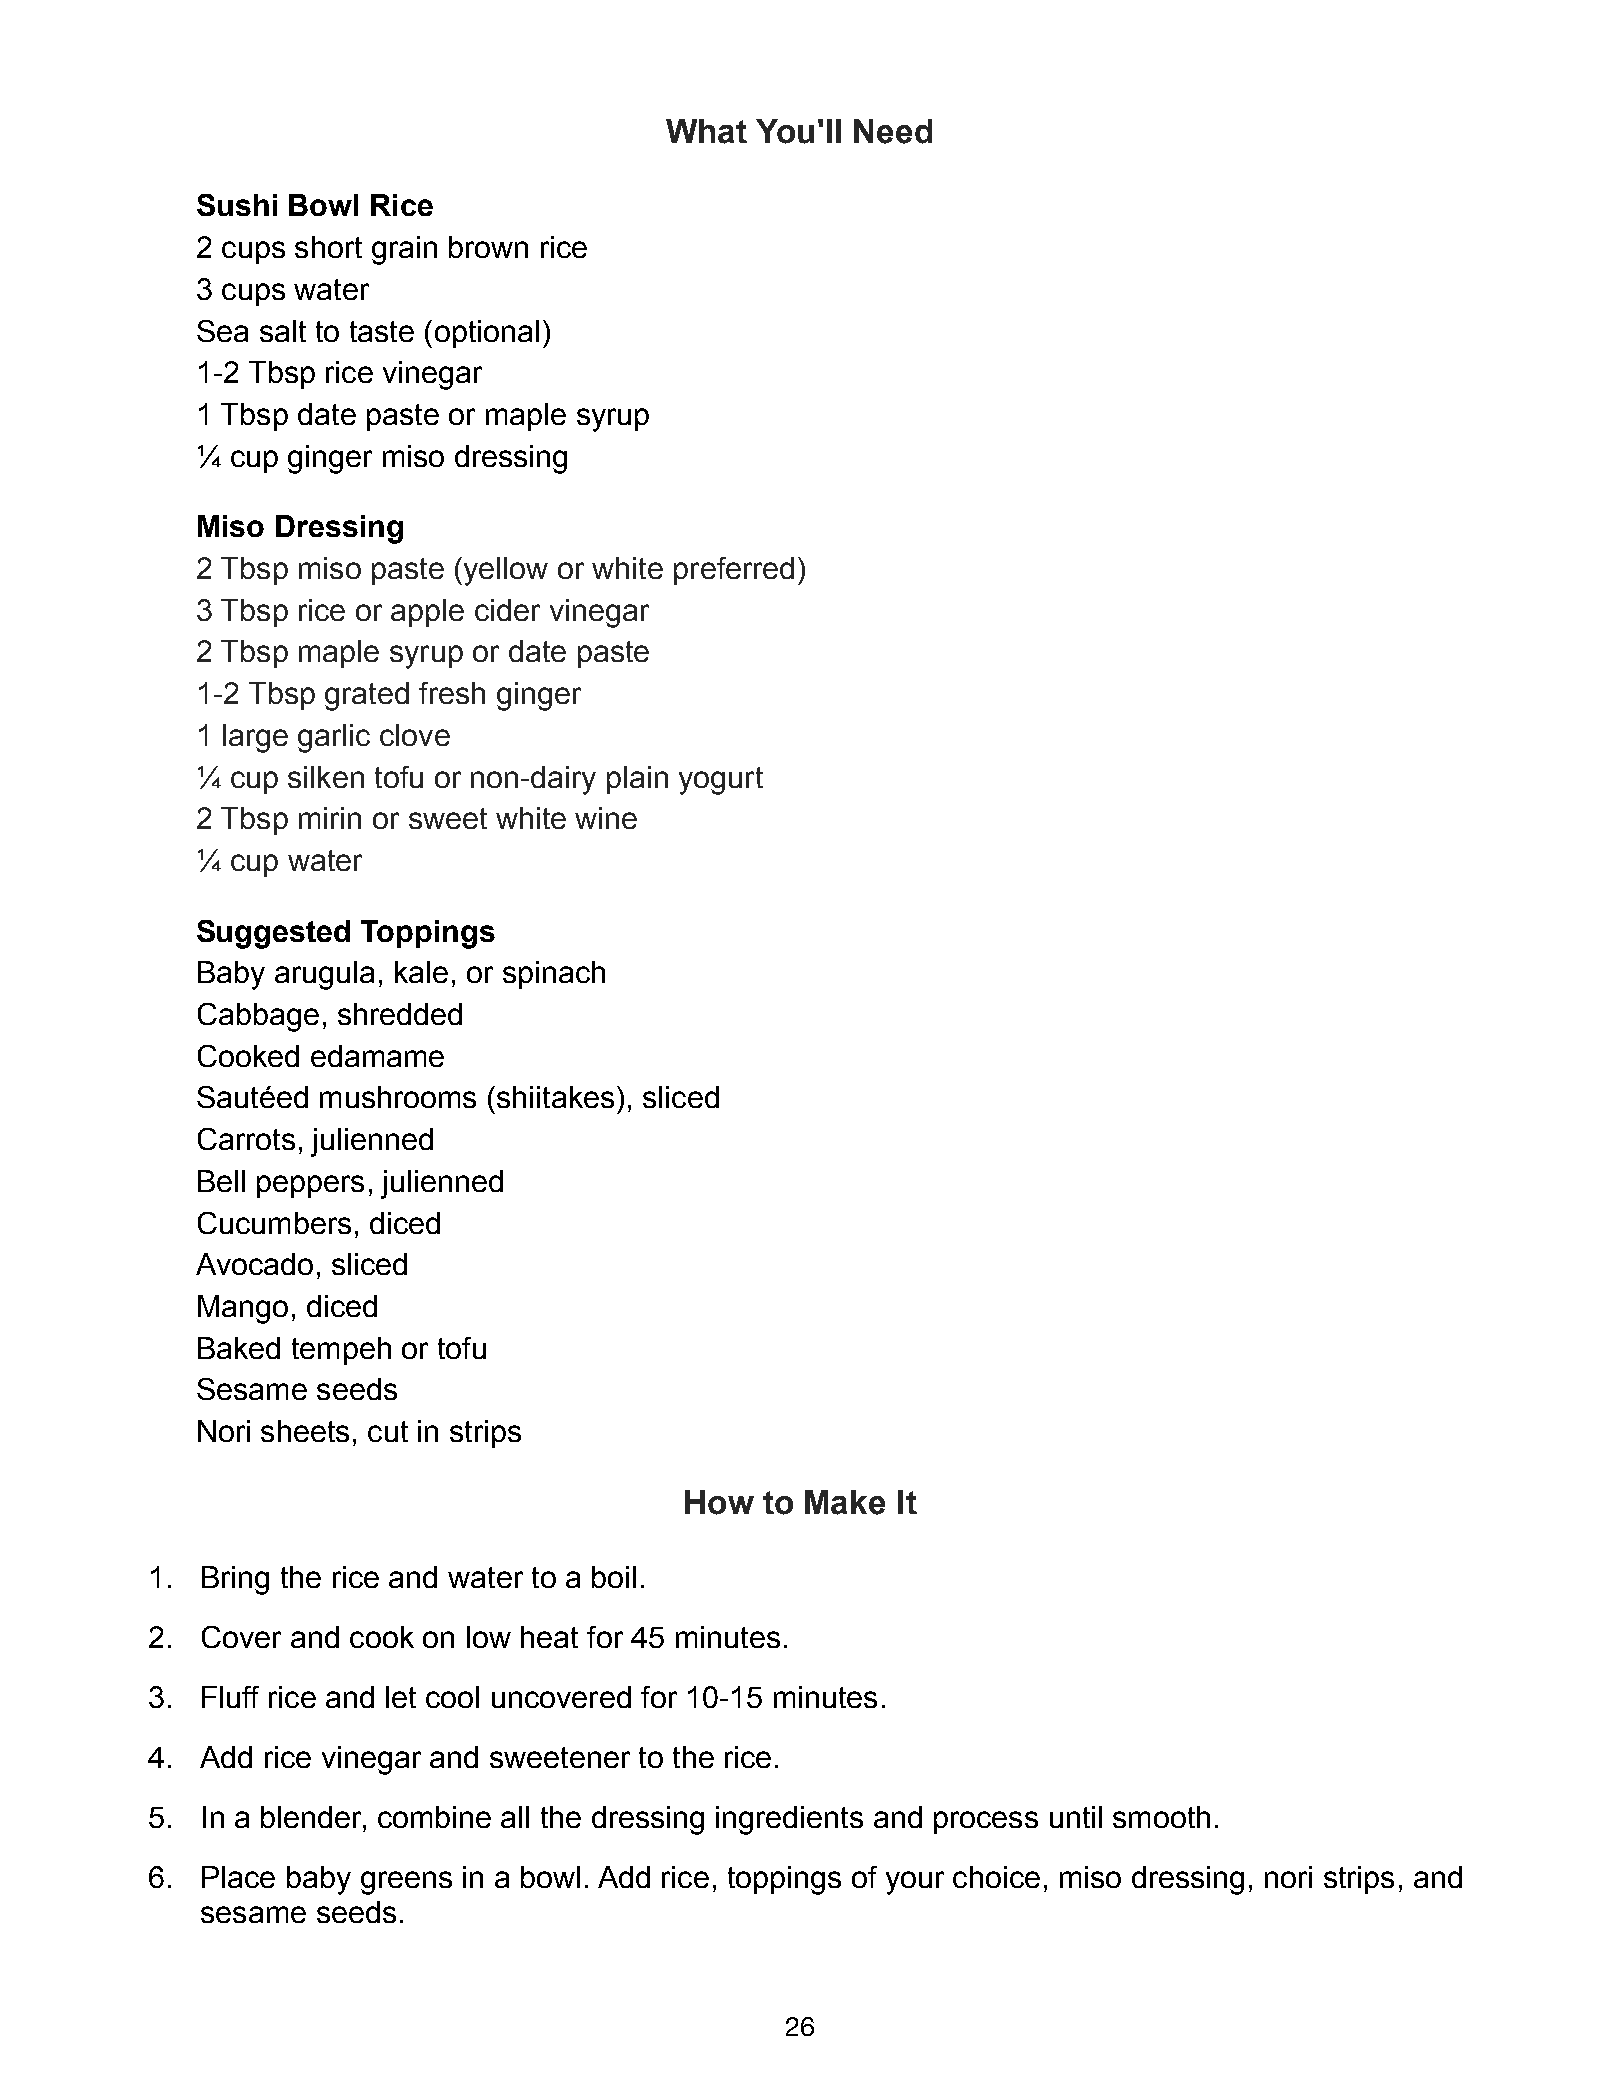
What  You'll Need
 Sushi Bowl Rice
 2 cups short grain brown rice
 3 cups water
 Sea salt to taste (optional)
 1-2 Tbsp rice vinegar
 1 Tbsp date paste or maple syrup
 ¼ cup ginger miso dressing
 Miso Dressing
 2 Tbsp miso paste (yellow or white preferred)
 3 Tbsp rice or apple cider vinegar
 2 Tbsp maple syrup or date paste
 1-2 Tbsp grated fresh ginger
 1 large garlic clove
 ¼ cup silken tofu or non-dairy plain yogurt
 2 Tbsp mirin or sweet white wine
 ¼ cup water
 Suggested  Toppings
 Baby arugula, kale, or spinach
 Cabbage, shredded
 Cooked edamame
 Sautéed mushrooms  (shiitakes), sliced
 Carrots, julienned
 Bell peppers, julienned
 Cucumbers, diced
 Avocado, sliced
 Mango, diced
 Baked tempeh  or tofu
 Sesame  seeds
 Nori sheets, cut in strips
 How   to Make It
 1. Bring the rice and water to a boil.
 2. Cover and cook on low heat for 45 minutes.
 3. Fluff rice and let cool uncovered for 10-15 minutes.
 4. Add rice vinegar and sweetener to the rice.
 5. In a blender, combine all the dressing ingredients and process until smooth.
 6. Place baby greens in a bowl. Add rice, toppings of your choice, miso dressing, nori strips, and
 sesame  seeds.
 26